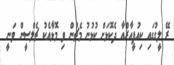
ރޭ ލީގުގައި ކިއުޕީއާރްއާ ދެކޮޅަށް ކުޅުނު މެޗުން ވި މޮޅާއެކު ޗެލްސީން ވަނީ